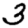
Digit: 3